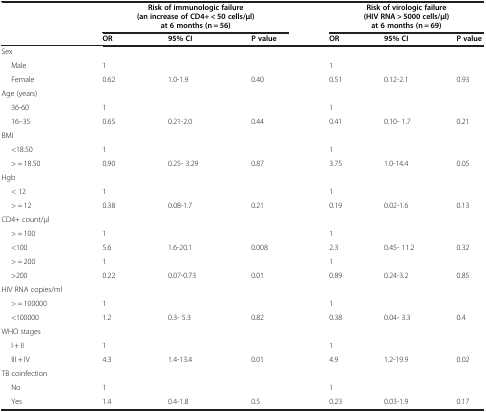
|  | <COLSPAN=3> Risk of immunologic failure (an increase of CD4+ < 50 cells/μl) at 6 months (n = 56) | <COLSPAN=3> Risk of virologic failure (HIV RNA > 5000 cells/μl) at 6 months (n = 69) |
 |  | OR | 95% CI | P value | OR | 95% CI | P value |
 | --- | --- | --- | --- | --- | --- | --- |
 | Sex |  |  |  |  |  |  |
 | Male | 1 |  |  | 1 |  |  |
 | Female | 0.62 | 1.0-1.9 | 0.40 | 0.51 | 0.12-2.1 | 0.93 |
 | Age (years) |  |  |  |  |  |  |
 | 36-60 | 1 |  |  | 1 |  |  |
 | 16–35 | 0.65 | 0.21-2.0 | 0.44 | 0.41 | 0.10- 1.7 | 0.21 |
 | BMI |  |  |  |  |  |  |
 | <18.50 | 1 |  |  | 1 |  |  |
 | > = 18.50 | 0.90 | 0.25- 3.29 | 0.87 | 3.75 | 1.0-14.4 | 0.05 |
 | Hgb |  |  |  |  |  |  |
 | < 12 | 1 |  |  | 1 |  |  |
 | > = 12 | 0.38 | 0.08-1.7 | 0.21 | 0.19 | 0.02-1.6 | 0.13 |
 | CD4+ count/μl |  |  |  |  |  |  |
 | > = 100 | 1 |  |  | 1 |  |  |
 | <100 | 5.6 | 1.6-20.1 | 0.008 | 2.3 | 0.45- 11.2 | 0.32 |
 | > = 200 | 1 |  |  | 1 |  |  |
 | >200 | 0.22 | 0.07-0.73 | 0.01 | 0.89 | 0.24-3.2 | 0.85 |
 | HIV RNA copies/ml |  |  |  |  |  |  |
 | > = 100000 | 1 |  |  | 1 |  |  |
 | <100000 | 1.2 | 0.3- 5.3 | 0.82 | 0.38 | 0.04- 3.3 | 0.4 |
 | WHO stages |  |  |  |  |  |  |
 | I + II | 1 |  |  | 1 |  |  |
 | III + IV | 4.3 | 1.4-13.4 | 0.01 | 4.9 | 1.2-19.9 | 0.02 |
 | TB coinfection |  |  |  |  |  |  |
 | No | 1 |  |  | 1 |  |  |
 | Yes | 1.4 | 0.4-1.8 | 0.5 | 0.23 | 0.03-1.9 | 0.17 |